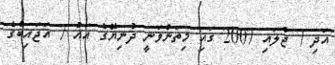
އަދި 7 ޖުލައި 2007 ގައި މިތަންވަނީ ދުނިޔޭގެ އައު 7 އަޖައިބުގެ